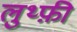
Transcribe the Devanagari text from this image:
लुथ्फ़ी